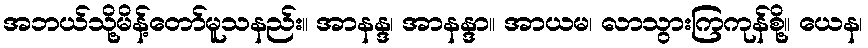
အဘယ်သို့မိန့်တော်မူသနည်း။ အာနန္ဒ၊ အာနန္ဒာ။ အာယမ၊ လာသွားကြကုန်စို့။ ယေန၊